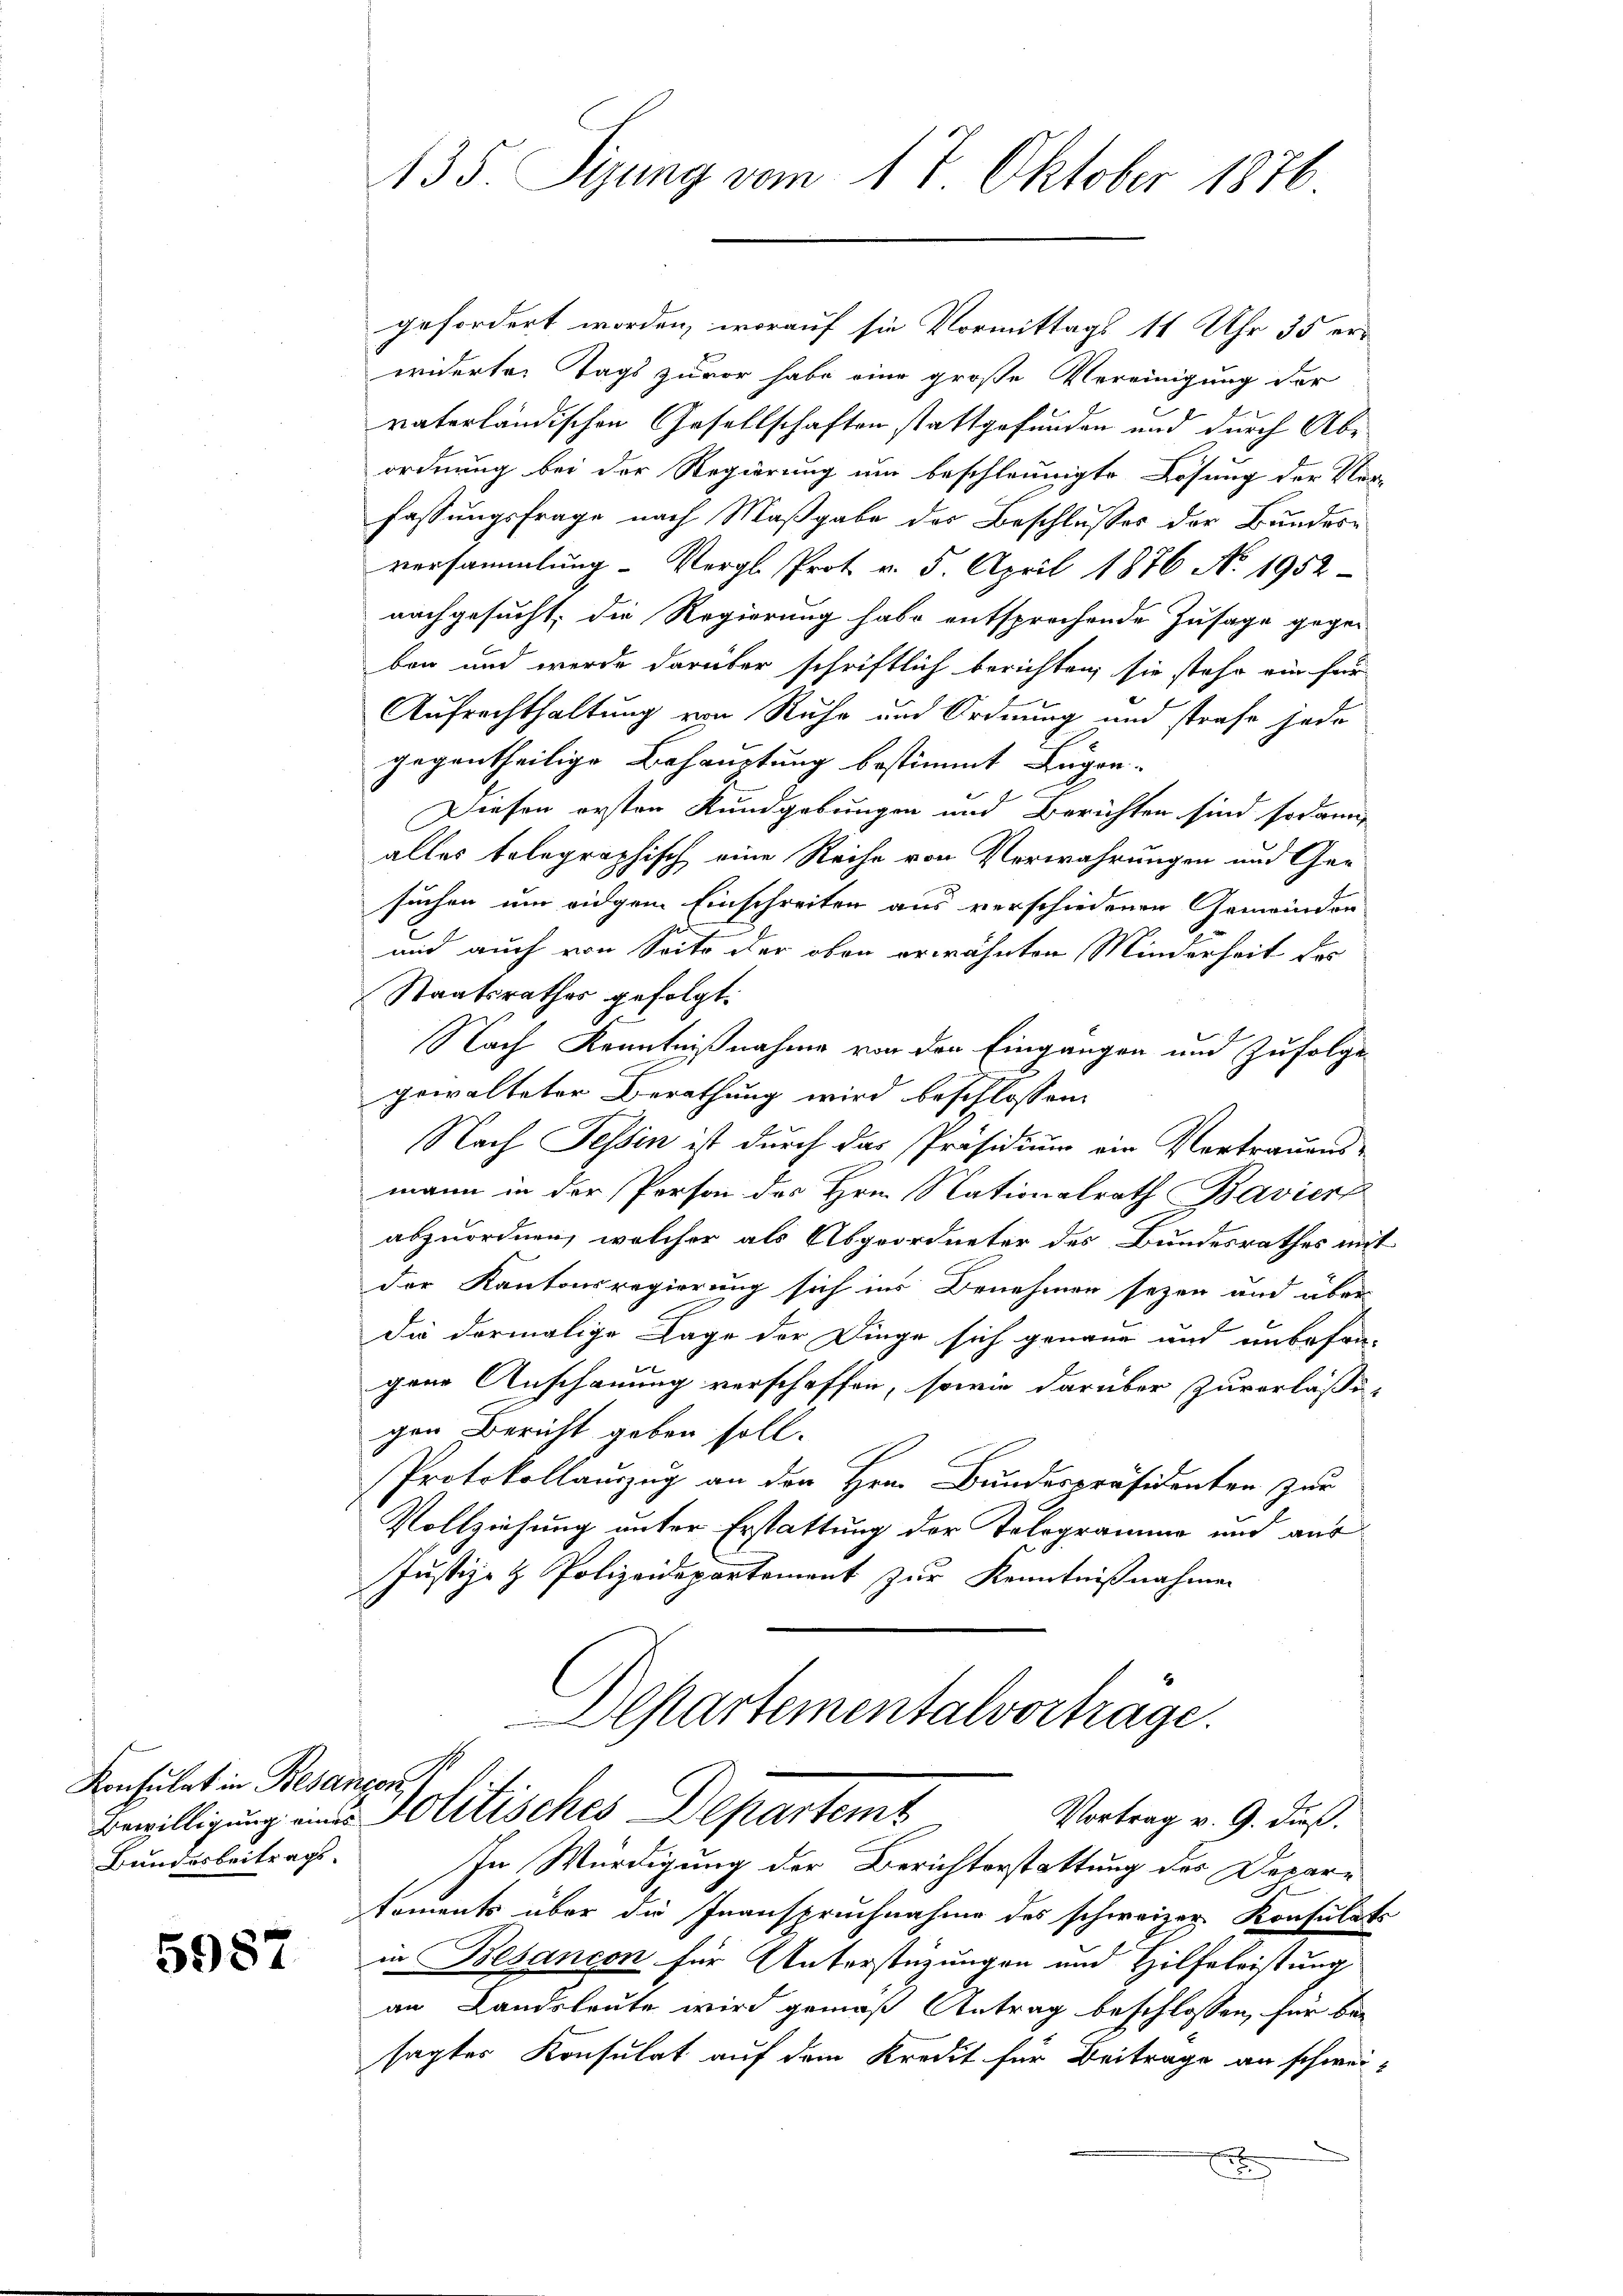
Konsulat in Besançon,
Bundesbeitrags.

5987

135. Sizung vom 17. Oktober 1876

Departementalvorträge.
Bewilligung eine Politisches Departemt
Vortrag v. 9. dieß.

gefordert worden, worauf sie Vormittags 11 Uhr 35 erwiderter Tags zuvor habe eine große Vereinigung der
vaterländischen Gesellschaften stattgefunden und durch Abe
ordnung bei der Regierung um beschleunigte Lösung der Ver-
fassungsfrage nach Maßgabe der Beschlusses der Bundesversammlung - Vergl. Prot v. 5. April 1876 No. 1952
nachgesucht, die Regierung habe entsprechende Zusage gegen
ben und werde darüber schriftlich berichten, sie stehe ein für
Aufrechthaltung von Ruhe und Ordnung und strafe jede
gegentheilige Behauptung bestimmt Lugan-
Diesen ersten Kundgebungen und Berichten sind sodann
alles telegraphisch eine Reihe von Verwahrungen und Gesuchen um eidgem Einschreiten aus verschiedenen Gemeinden
und auch von Seite der oben erwähnten Minderheit des
Staatsrathes gefolgt.
Nach Kenntnißnahme von den Eingangen und Zufolge
gewalteter Berathung wird beschlossen:
Nach Tessin ist durch das Präsidium ein Vertrauensmann in der Person des Hrn. Nationalrath Bavierz
abzuordnen, welcher als Abgeordneter des Bundesrathes mit
der Kantonsregierung sich ins Benehmen seyen und über
Die dormalige Lage der Dinge sich genaue und unbefra-
gene Anschauung verschaffen, sowie darüber zuverlaßegen Bericht geben soll.
Protokollauszug an den Hrn. Bundespräsidenten zur
Vollziehung unter Erstattung der Tologramme und aus
Justiz- & Polizeidepartement zur Kenntnißnahmen

In Würdigung der Berichterstattung des Depare
koments über die Inanspruchnahme des schweizer Konsulats
in Besancon für Unterstützungen und Hilfeleistung
an Landsleute wird gemäß Antrag beschlossen, für bei
sagtes Konsulat auf dem Kredit für Beitrage an schwei¬

e